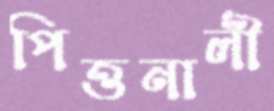
পিত্তনালী